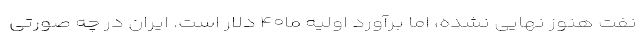
نفت هنوز نهایی نشده، اما برآورد اولیه ما۴۰ دلار است. ایران در چه صورتی